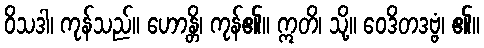
ဝိသဒါ၊ ကုန်သည်။ ဟောန္တိ၊ ကုန်၏။ ဣတိ၊ သို့။ ဝေဒိတဒဗ္ဗံ၊ ၏။